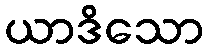
ယာဒိသော